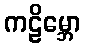
ကဠိမ္ဘော